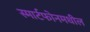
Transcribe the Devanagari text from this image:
स्मार्टफोनमधील